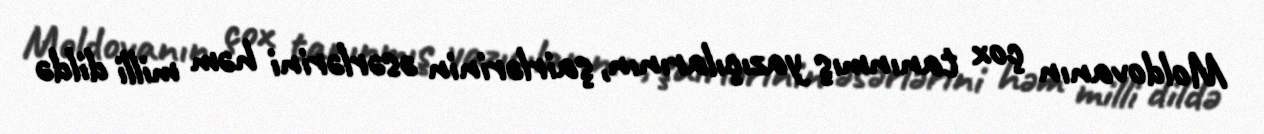
Moldovanın çox tanınmış yazıçılarının, şairlərinin əsərlərini həm milli dildə